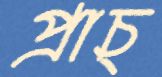
প্রাচ্